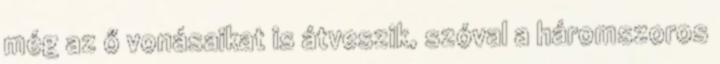
még az ő vonásaikat is átveszik, szóval a háromszoros